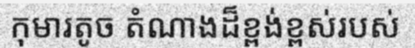
កុមារតូច តំណាងដ៏ខ្ពង់ខ្ពស់របស់